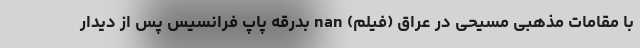
با مقامات مذهبى مسيحى در عراق (فیلم) nan بدرقه پاپ فرانسیس پس از دیدار